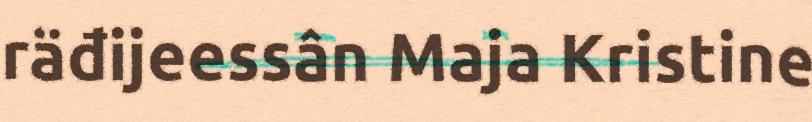
räđijeessân Maja Kristine